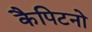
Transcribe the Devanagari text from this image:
कैपिटनो